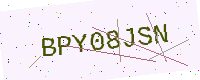
Text: BPY08JSN